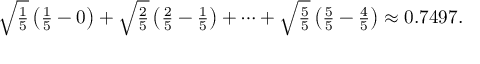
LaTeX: \textstyle { \sqrt { \frac { 1 } { 5 } } } \left( { \frac { 1 } { 5 } } - 0 \right) + { \sqrt { \frac { 2 } { 5 } } } \left( { \frac { 2 } { 5 } } - { \frac { 1 } { 5 } } \right) + \cdots + { \sqrt { \frac { 5 } { 5 } } } \left( { \frac { 5 } { 5 } } - { \frac { 4 } { 5 } } \right) \approx 0 . 7 4 9 7 .